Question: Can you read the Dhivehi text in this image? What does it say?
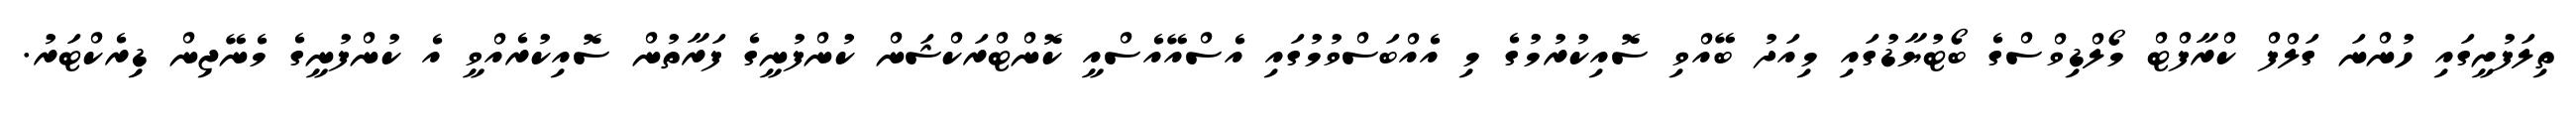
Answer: ތިލަފުށީގައި ހުންނަ ގަލްފް ކްރާފްޓް މޯލްޑިވްސްގެ ބޯޓުޔާޑުގައި މިއަދު ބޭއްވި ސޮއިކުރުމުގެ މި އެއްބަސްވުމުގައި އެސްއޭއެސްއީ ކޮންޓްރަކްޝަން ކުންފުނީގެ ފަރާތުން ސޮއިކުރެއްވީ އެ ކުންފުނީގެ މެނޭޖިން ޑިރެކްޓަރު.